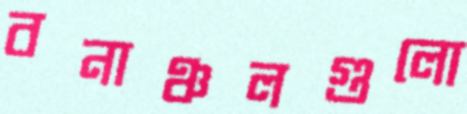
বনাঞ্চলগুলো